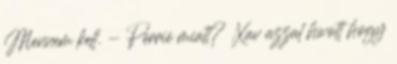
Mennem kell. - Perrie miatt? Xav azzal hívott hogy